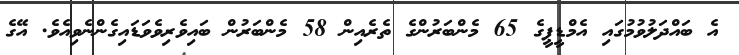
އެ ބައްދަލުވުމުގައި އެމްޑީޕީގެ 65 މެންބަރުންގެ ތެރެއިން 58 މެންބަރުން ބައިވެރިވެވަޑައިގެންނެވިއެވެ. އޭގެ